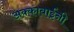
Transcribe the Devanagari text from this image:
अक्काबाईंनी